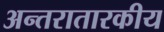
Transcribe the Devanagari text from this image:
अन्तरातारकीय